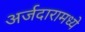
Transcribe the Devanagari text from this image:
अर्जदारामध्ये